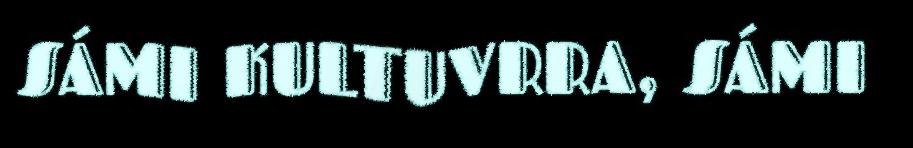
SÁMI KULTUVRRA, SÁMI